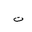
Letter: _ta